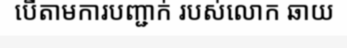
បើតាមការបញ្ជាក់ របស់លោក ឆាយ